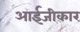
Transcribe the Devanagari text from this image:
आईजीकार